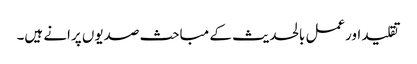
تقلید اورعمل بالحدیث کے مباحث صدیوں پرانے ہیں۔